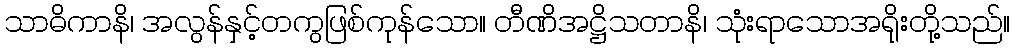
သာဓိကာနိ၊ အလွန်နှင့်တကွဖြစ်ကုန်သော။ တီဏိအဋ္ဌိသတာနိ၊ သုံးရာသောအရိုးတို့သည်။